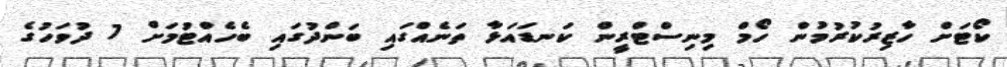
ކޯޓަށް ހާޒިރުކުރުމުން ހޯމް މިނިސްޓްރީން ކަނޑައަޅާ ތަނެއްގައި ބަންދުގައި ބެހެއްޓުމަށް 7 ދުވަހުގެ